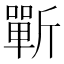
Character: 𰕣